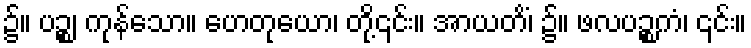
၌။ ပဉ္စ၊ ကုန်သော။ ဟေတုယော၊ တို့၎င်း။ အာယတိံ၊ ၌။ ဖလပဉ္စကံ၊ ၎င်း။